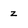
Character: z